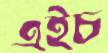
এইচ